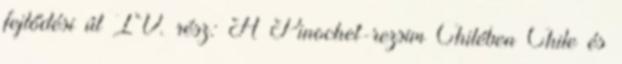
fejlődési út IV. rész: A Pinochet-rezsim Chilében Chile és